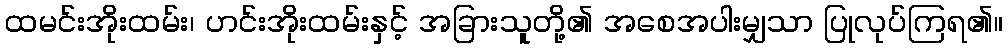
ထမင်းအိုးထမ်း၊ ဟင်းအိုးထမ်းနှင့် အခြားသူတို့၏ အစေအပါးမျှသာ ပြုလုပ်ကြရ၏။